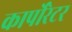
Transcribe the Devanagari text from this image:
कार्पोरेटर